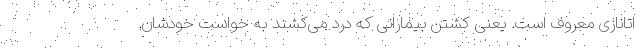
اتانازی معروف است. یعنی کشتن بیمارانی که درد می‌کشند به خواست خودشان.